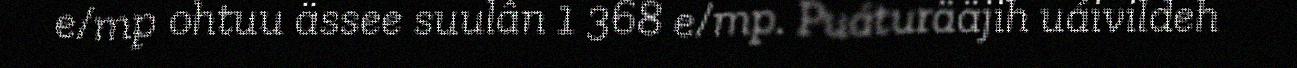
e/mp ohtuu ässee suulân 1 368 e/mp. Puáturääjih uáivildeh